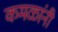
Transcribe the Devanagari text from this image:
कमळांनी